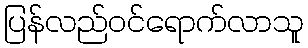
ပြန်လည်ဝင်ရောက်လာသူ